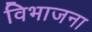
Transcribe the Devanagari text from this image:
विभाजना